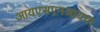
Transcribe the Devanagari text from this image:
आयएसएनआयचा